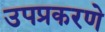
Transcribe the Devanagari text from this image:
उपप्रकरणे